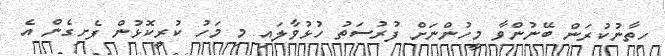
ހިތާނުކުރަން ބޭނުންވާ މީހުންނަށް ފުރުސަތު ހުޅުވާލައި މި މަހު ކުރީކޮޅުން ފެށިގެން އެ